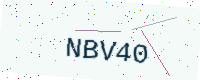
Text: NBV40